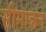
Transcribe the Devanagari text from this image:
सीमाकन